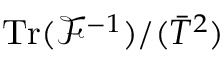
\mathrm { T r } ( \mathcal { F } ^ { - 1 } ) / ( \bar { T } ^ { 2 } )